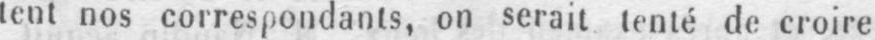
tent nos correspondants, on serait tenté de croire